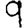
Digit: 9